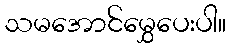
သမအောင်မွှေပေးပါ။